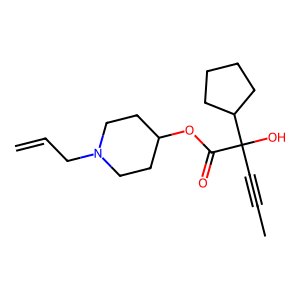
SMILES: C=CCN1CCC(OC(=O)C(O)(C#CC)C2CCCC2)CC1
Inhibits HIV replication: No